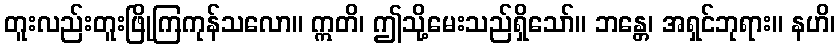
တူးလည်းတူးဖြိုကြကုန်သလော။ ဣတိ၊ ဤသို့မေးသည်ရှိသော်။ ဘန္တေ၊ အရှင်ဘုရား။ နဟိ၊